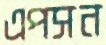
এপসন